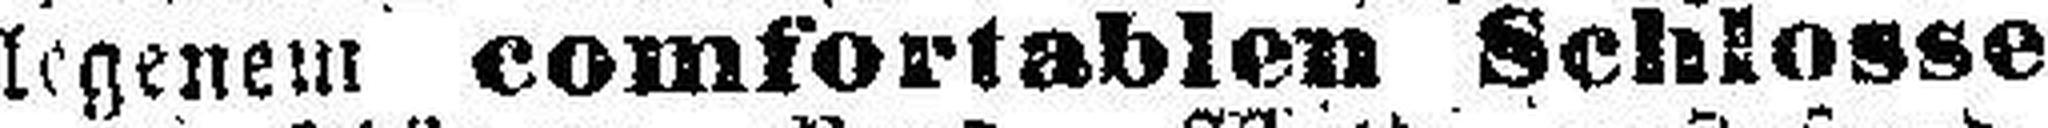
legenem comfortablen Schlosse